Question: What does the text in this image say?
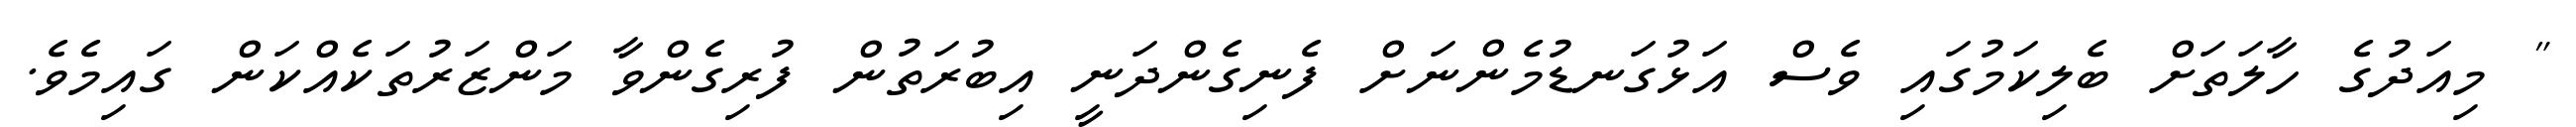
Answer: " މިއަދުގެ ހާލަތަށް ބެލިކަމުގައި ވެސް އަޅުގަނޑުމެންނަށް ފެނިގެންދަނީ އިބުރަތުން ފުރިގެންވާ މަންޒަރުތަކެއްކަން ގައިމެވެ.